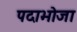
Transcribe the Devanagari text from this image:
पदाभोजा